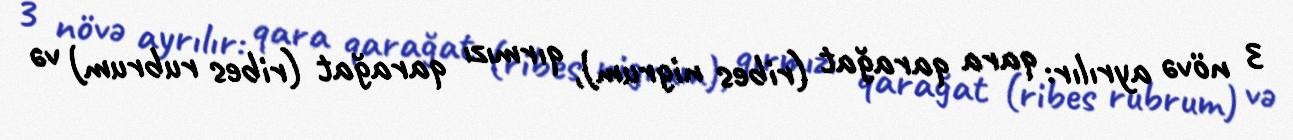
3 növə ayrılır: qara qarağat (ribes nigrum), qırmızı qarağat (ribes rubrum) və